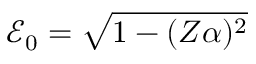
\mathcal { E } _ { 0 } = \sqrt { 1 - ( Z \alpha ) ^ { 2 } }